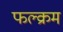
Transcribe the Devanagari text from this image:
फल्क्रम